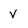
Character: V